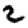
Digit: 2